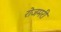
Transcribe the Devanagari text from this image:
रोजमरी